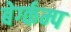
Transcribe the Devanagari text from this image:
बेर्ग्कम्प